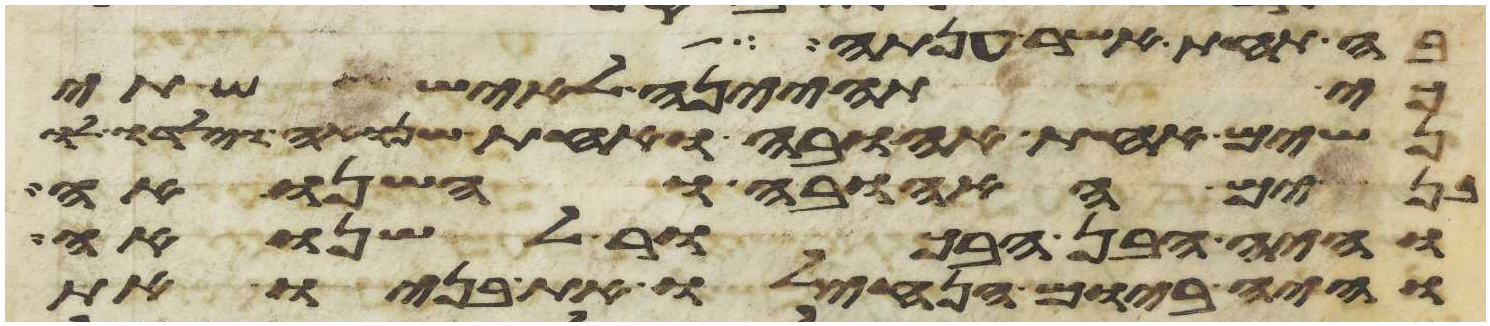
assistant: בה תחת אשר ענתה
כי תהיינה לאיש שתי
נשים אחת אהובה ואחת שנואה וילדו לו
בנים האהובה והשנואה
והיה הבן הבכור לשנואה
והיה ביום הנחילו את בניו את